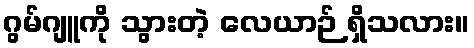
ဂွမ်ဂျူကို သွားတဲ့ လေယာဉ် ရှိသလား။